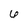
Character: 6